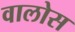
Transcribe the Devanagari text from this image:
वालोस